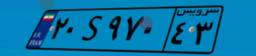
۶۱S۷۱۴۲۴